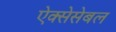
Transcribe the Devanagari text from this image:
ऐक्सेसेबल